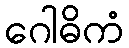
ဂေါဓိကံ